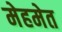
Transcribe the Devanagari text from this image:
मेहमेत